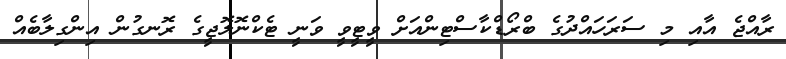
ރާއްޖެ އާއި މި ސަރަހައްދުގެ ބްރޯޑްކާސްޓިންއަށް ވީޓީވީ ވަނީ ޓެކްނޮލޮޖީގެ ރޮނގުން އިންގިލާބެއް